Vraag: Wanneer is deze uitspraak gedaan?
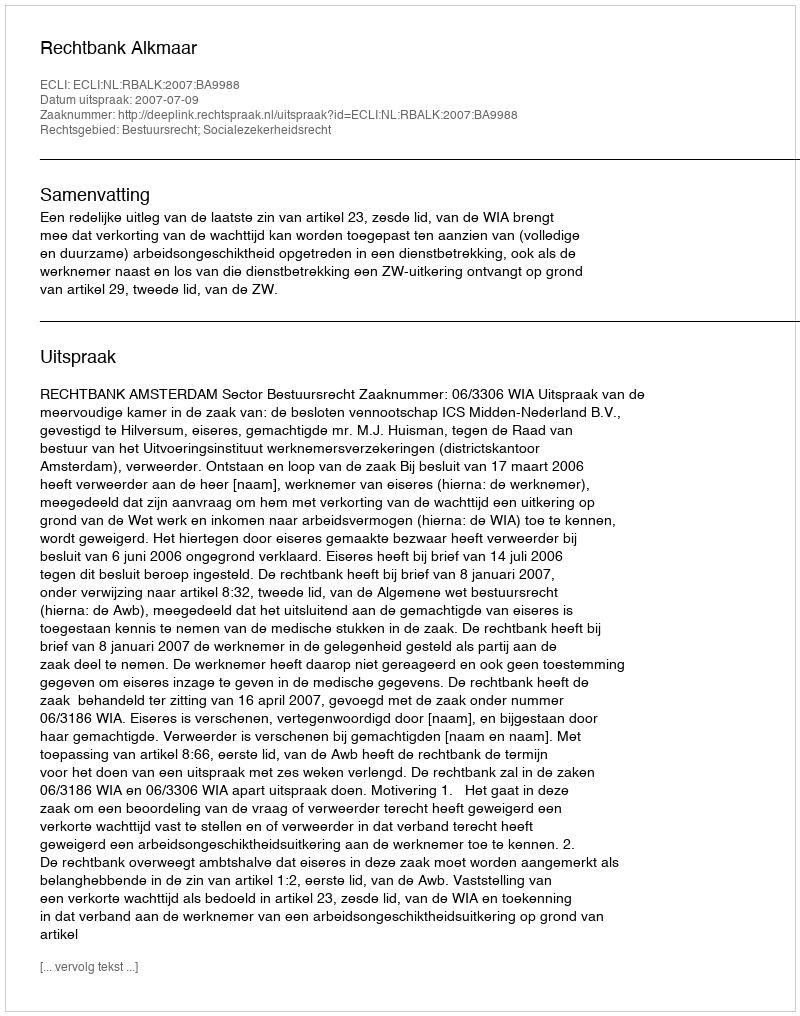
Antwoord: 2007-07-09